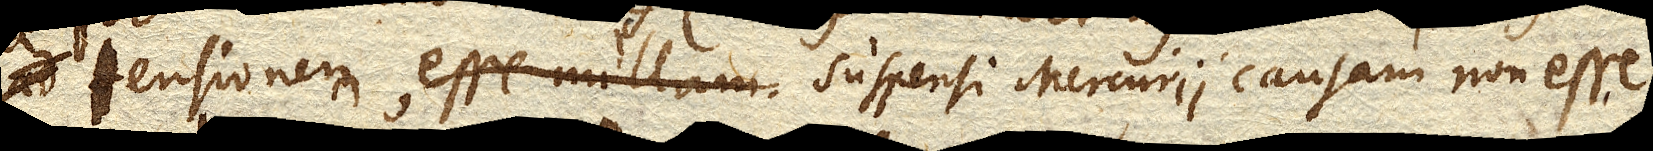
tensionem esse nullam suspensi Mercurii causam non esse.